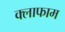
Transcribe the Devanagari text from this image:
क्लाफाम